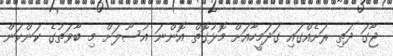
ޖާގަ ދަތި ރަށެއްގައި ގަދަމީހާއަށް މޮޅުގޮތް އޮންނަ އުސޫލަށް މި ބާވަތުގެ ކަންކަން